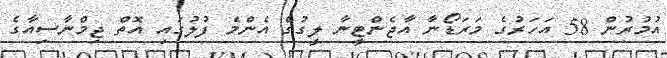
އުމުރުން 58 އަހަރުގެ މަރަޑޯނާ އާޖެންޓީނާ ލީގުގެ އެންމެ ފުލުގައި އޮތް ޖިމްނާސިއާގެ